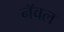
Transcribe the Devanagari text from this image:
नॅवल